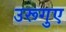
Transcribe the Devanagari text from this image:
उरूगुए